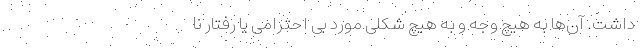
داشت‌. آن‌ها به هیچ وجه و به هیچ شکلی مورد بی احترامی یا رفتار نا